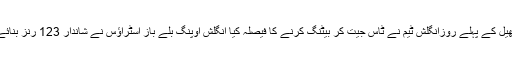
کھیل کے پہلے روزانگلش ٹیم نے ٹاس جیت کر بیٹنگ کرنے کا فیصلہ کیا انگلش اوپنگ بلے باز اسٹراؤس نے شاندار 123 رنز بنائے۔